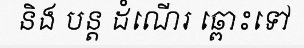
និង បន្ត ដំណើរ ឆ្ពោះទៅ